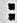
: